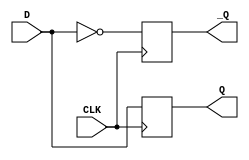
module D_FF(D, Q, _Q, CLK) ;
	input D, CLK ;
	output reg Q, _Q ;
	always @ (posedge CLK)
	begin
		Q <= D ;
		_Q <= !D ;
	end
endmodule